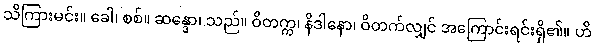
သိကြားမင်း။ ခေါ၊ စစ်။ ဆန္ဒော၊ သည်။ ဝိတက္က၊ နိဒါနော၊ ဝိတက်လျှင် အကြောင်းရင်းရှိ၏။ ဟိ